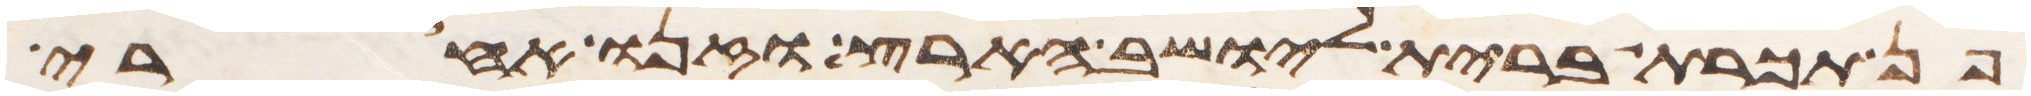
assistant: פן תכרת ברית ליושב הארץ וזנו אחרי